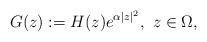
LaTeX: \begin{align*}G(z):= H(z)e^{\alpha \vert z \vert^2}, \, \, z \in \Omega,\end{align*}